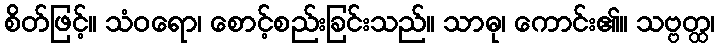
စိတ်ဖြင့်။ သံဝရော၊ စောင့်စည်းခြင်းသည်။ သာဓု၊ ကောင်း၏။ သဗ္ဗတ္ထ၊